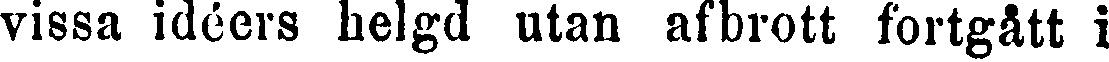
vissa ideers helgd utan afbrott fortgått i